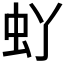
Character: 𫊦